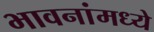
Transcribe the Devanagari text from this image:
भावनांमध्ये